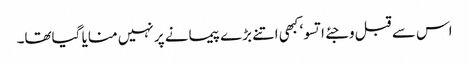
اس سے قبل وجئے اتسو‘ کبھی اتنے بڑے پیمانے پر نہیں منایا گیاتھا۔